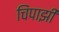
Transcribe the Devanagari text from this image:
चिंपाझी